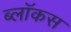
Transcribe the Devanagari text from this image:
ब्लॉकस